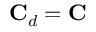
\mathbf { C } _ { d } = \mathbf { C }